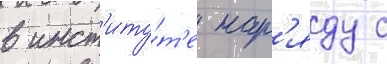
в инст'иту́т'е нар'яду с